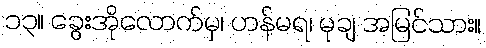
၁၃။ ခွေးအိုလောက်မှ၊ ဟန်မရ၊ မုချ အမြင်သား။